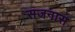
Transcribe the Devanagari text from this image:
सजनास